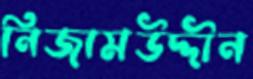
নিজামউদ্দীন